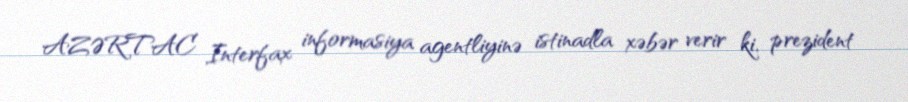
AZƏRTAC Interfax informasiya agentliyinə istinadla xəbər verir ki, prezident